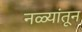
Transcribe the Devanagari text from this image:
नळ्यांतून